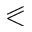
\eqslantless